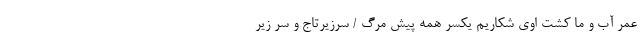
عمر آب و ما کِشت اوی شکاریم یکسر همه پیش مرگ / سرزیرتاج و سرِ زیر